Indian journal of veterinary science and animal husbandry - Volume 4,
Year: 1934
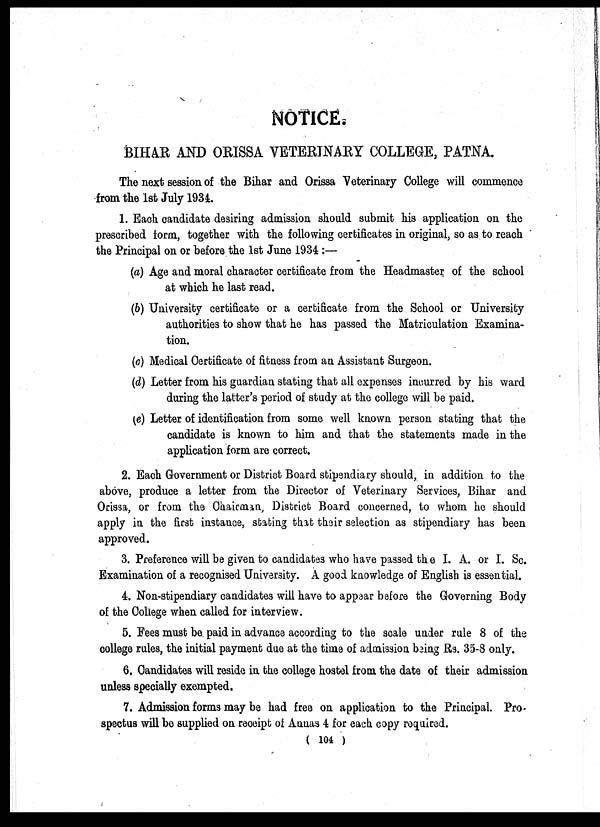
NOTICE.
BIHAR AND ORISSA VETERINARY COLLEGE, PATNA.
The next session of the Bihar and Orissa "Veterinary College will commence
from the 1st July 1934.
1. Each candidate desiring admission should submit his application on the
prescribed form, together with the following certificates in original, so as to reach
the Principal on or before the 1st June 1934:—
(a) Age and moral character certificate from the Headmaster of the school
at which he last read.
(b) University certificate or a certificate from the School or University
authorities to show that he has passed the Matriculation Examina-
tion.
(C) Medical Certificate of fitness from an Assistant Surgeon.
(d) Letter from his guardian stating that all expenses incurred by his ward
during the latter's period of study at the college will be paid.
(e) Letter of identification from some well known person stating that the
candidate is known to him and that the statements made in the
application form are correct.
2. Each Government or District Board stipendiary should, in addition to the
above, produce a letter from the Director of Veterinary Services, Bihar and
Orissa, or from the Chairman, District Board concerned, to whom he should
apply in the first instance, stating that their selection as stipendiary has been
approved.
3. Preference will be given to candidates who have passed the I. A. or I. Sc.
Examination of a recognised University. A good knowledge of English is essential.
4. Non-stipendiary candidates will have to appear before the Governing Body
of the College when called for interview.
5. Fees must be. paid in advance according to the scale under rule 8 of the
college rules, the initial payment due at the time of admission being Rs. 35-8 only.
6. Candidates will reside in the college hostel from the date of their admission
unless specially exempted.
7. Admission forms may be had free on application to the Principal. Pro-
spectus will be supplied on receipt of Annas 4 for each copy required.
( 104 )